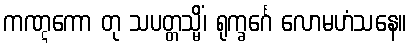
ကဏ္ဋကော တု သပတ္တသ္မိံ၊ ရုက္ခင်္ဂေ လောမဟံသနေ။